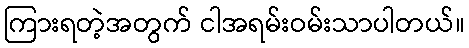
ကြားရတဲ့အတွက် ငါအရမ်းဝမ်းသာပါတယ်။